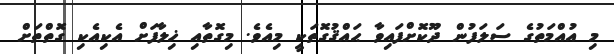
މި އުއްމަތުގެ ސަލަފުން ދޫކޮށްފައިވާ ޙައްޤުގޮތަކީ މިއެވެ. މިގޮތާއި ޚިލާފަށް އެކިއެކި ގޮތްތަށް